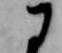
に